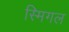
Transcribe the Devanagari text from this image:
स्मिगल